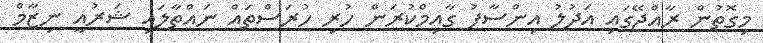
މިގޮތުން ރާއްޖޭގައި އަދުލު އިންސާފު ގާއިމްކުރަން ހުރި ހުރަސްތައް ނައްތާލައި ޝަރުއީ ނިޒާމް